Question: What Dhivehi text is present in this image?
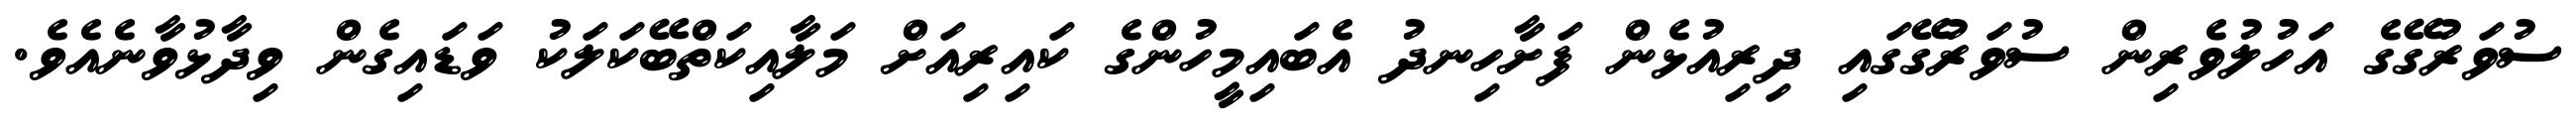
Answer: ސުވަރުގޭގެ އަހުލުވެރިން ސުވަރުގޭގައި ދިރިއުޅެން ފަށާހިނދު އެބައިމީހުންގެ ކައިރިއަށް މަލާއިކަތްބޭކަލަކު ވަޑައިގެން ވިދާޅުވާނެއެވެ.